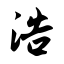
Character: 浩